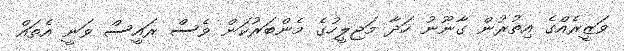
ވަޒީރެއްގެ އިތުރުން ގާނޫނު ހަދާ މަޖިލީހުގެ މެންބަރުކަން ވެސް ރައީސް ވަނީ އެތައް